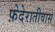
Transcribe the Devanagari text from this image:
फ़ेदेरातीवास